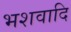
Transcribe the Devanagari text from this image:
भशवादि